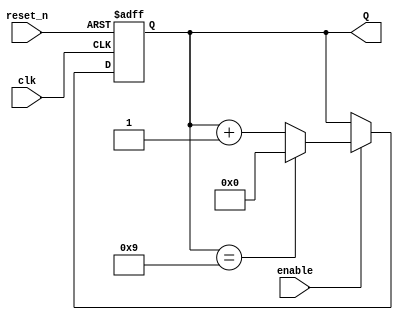
module mod_counter_parameter
    #(parameter FINAL_VALUE = 9)(
    input clk,
    input reset_n,
    input enable,
    output [BITS - 1:0] Q
    );
    
    localparam BITS = $clog2(FINAL_VALUE);
    
    reg [BITS-1:0] Q_reg, Q_next;
    wire done; // if asserted then it is done counting
    
    always@(posedge clk, negedge reset_n)
    begin
        if(~reset_n)
            Q_reg <= 'b0;
        else if(enable)
            Q_reg <= Q_next; 
        else
            Q_reg <= Q_reg;         
    end
    
    // Next State logic
    assign done = Q_reg ==FINAL_VALUE;
    
    always@(*)
        Q_next = done ? 'b0: Q_reg + 1; //if done = 1, Q_ next is 0 and count is reset, else keep counting until done
    
    //Output Logic
    assign Q = Q_reg;
    
endmodule